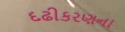
દઢીકરણના